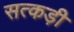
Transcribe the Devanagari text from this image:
सत्कड़ी